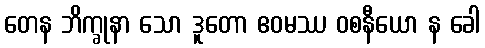
တေန ဘိက္ခုနာ သော ဒူတော ဧဝမဿ ဝစနီယော န ခေါ